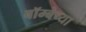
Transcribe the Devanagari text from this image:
बॉम्बेच्या